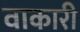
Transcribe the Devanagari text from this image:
वाकारी